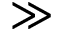
\gg